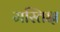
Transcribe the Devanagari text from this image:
मस्तिक्ष